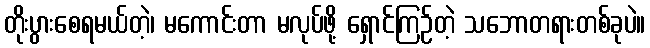
တိုးပွားစေရမယ်တဲ့၊ မကောင်းတာ မလုပ်ဖို့ ရှောင်ကြဉ်တဲ့ သဘောတရားတစ်ခုပဲ။